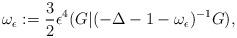
LaTeX: \begin{align*}\omega_\epsilon:=\frac 3 2 \epsilon^4(G| (-\Delta-1-\omega_\epsilon)^{-1}G),\end{align*}